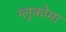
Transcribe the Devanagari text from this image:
ग्लुकोमा